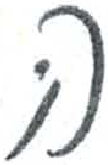
אות: ה